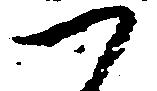
つ